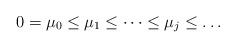
LaTeX: \begin{align*}0=\mu_0\leq\mu_1\leq\dots\leq\mu_j\leq\dots\end{align*}